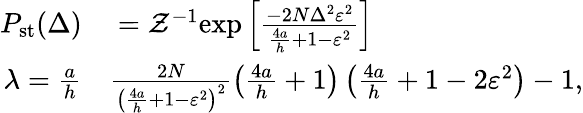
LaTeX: \begin{array}{rl}{P_{\mathrm{st}}(\Delta)}&{{}=\mathcal{Z}^{-1}\mathrm{exp}\left[\frac{-2N\Delta^{2}\varepsilon^{2}}{\frac{4a}{h}+1-\varepsilon^{2}}\right]}\\ {\lambda=\frac{a}{h}}&{{}\frac{2N}{\left(\frac{4a}{h}+1-\varepsilon^{2}\right)^{2}}\left(\frac{4a}{h}+1\right)\left(\frac{4a}{h}+1-2\varepsilon^{2}\right)-1,}\end{array}